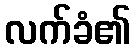
လက်ခံ၏